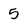
Character: 5